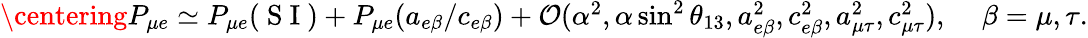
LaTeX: \begin{array}{r}{\centering P_{\mu e}\simeq P_{\mu e}(\mathrm{~S~I~})+P_{\mu e}(a_{e\beta}/c_{e\beta})+\mathcal{O}(\alpha^{2},\alpha\sin^{2}\theta_{13},a_{e\beta}^{2},c_{e\beta}^{2},a_{\mu\tau}^{2},c_{\mu\tau}^{2}),\, \, \, \, \, \, \, \beta=\mu,\tau.}\end{array}